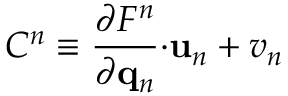
C ^ { n } \equiv \frac { \partial F ^ { n } } { \partial \mathbf { q } _ { n } } \mathbf { \cdot u } _ { n } + v _ { n }